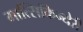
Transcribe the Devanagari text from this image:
मात्सिकिन्येरी